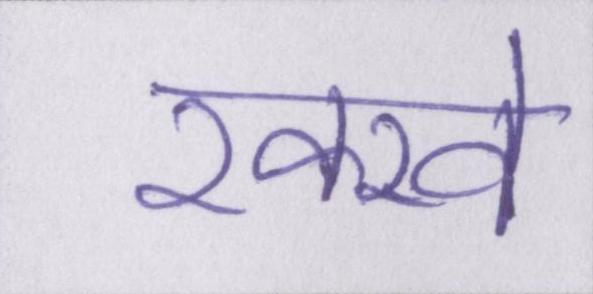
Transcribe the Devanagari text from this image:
रक्खे